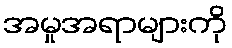
အမှုအရာများကို